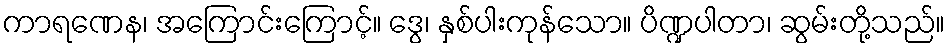
ကာရဏေန၊ အကြောင်းကြောင့်။ ဒွေ၊ နှစ်ပါးကုန်သော။ ပိဏ္ဍပါတာ၊ ဆွမ်းတို့သည်။